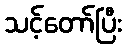
သင့်တော်ပြီး